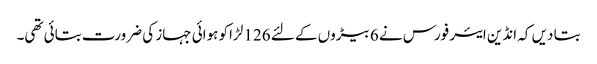
بتا دیں کہ انڈین ایئر فورس نے 6 بیڑوں کے لئے 126 لڑاکو ہوائی جہاز کی ضرورت بتائی تھی۔